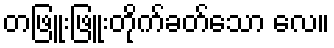
တဖြူးဖြူးတိုက်ခတ်သော လေ။